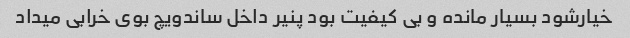
خیارشود بسیار مانده و بی کیفیت بود پنیر داخل ساندویچ بوی خرابی میداد